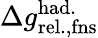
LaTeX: \Delta{g}_{\mathrm{rel.,fns}}^{\mathrm{had.}}